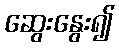
ဆွေးနွေး၍